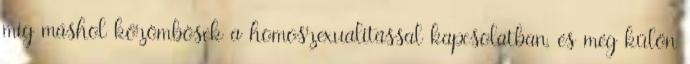
míg máshol közömbösek a homoszexualitással kapcsolatban, és még külön